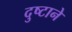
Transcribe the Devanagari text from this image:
दुष्टाने